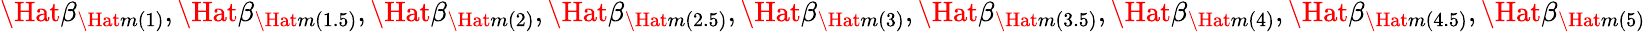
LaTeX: \Hat{\beta}_{\Hat{m}(1)},\Hat{\beta}_{\Hat{m}(1.5)},\Hat{\beta}_{\Hat{m}(2)},\Hat{\beta}_{\Hat{m}(2.5)},\Hat{\beta}_{\Hat{m}(3)},\Hat{\beta}_{\Hat{m}(3.5)},\Hat{\beta}_{\Hat{m}(4)},\Hat{\beta}_{\Hat{m}(4.5)},\Hat{\beta}_{\Hat{m}(5)}